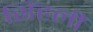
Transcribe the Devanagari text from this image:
सिंहलीं